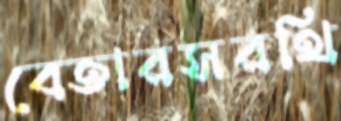
বেতারসরথি